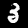
Digit: 3